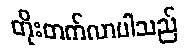
တိုးတက်လာပါသည်